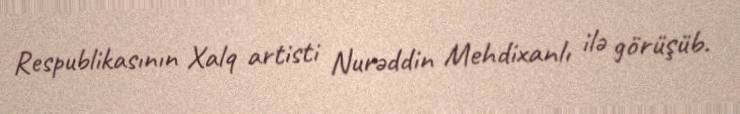
Respublikasının Xalq artisti Nurəddin Mehdixanlı ilə görüşüb.